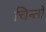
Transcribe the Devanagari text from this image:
चिन्तो